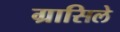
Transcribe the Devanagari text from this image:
ग्रासिले